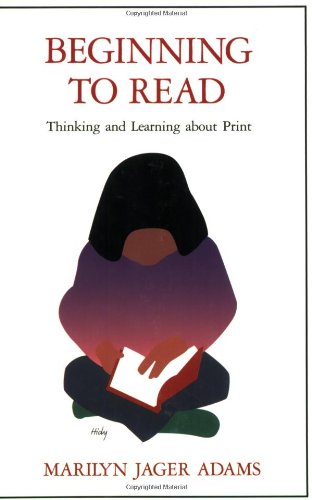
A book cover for Beginning to Read: Thinking and Learning about Print; Marilyn Jager Adams; Medical Books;